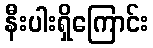
နီးပါးရှိကြောင်း